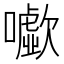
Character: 𡃧